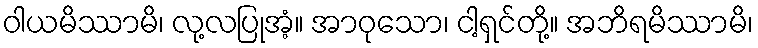
ဝါယမိဿာမိ၊ လု့လပြုအံ့။ အာဝုသော၊ ငါ့ရှင်တို့။ အဘိရမိဿာမိ၊